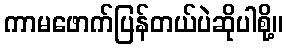
ကာမဖောက်ပြန်တယ်ပဲဆိုပါစို့။